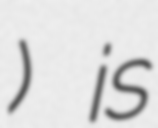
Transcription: کاسپین) is